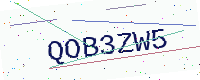
Text: QOB3ZW5